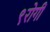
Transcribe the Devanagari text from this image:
९रोगी